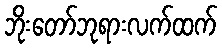
ဘိုးတော်ဘုရားလက်ထက်